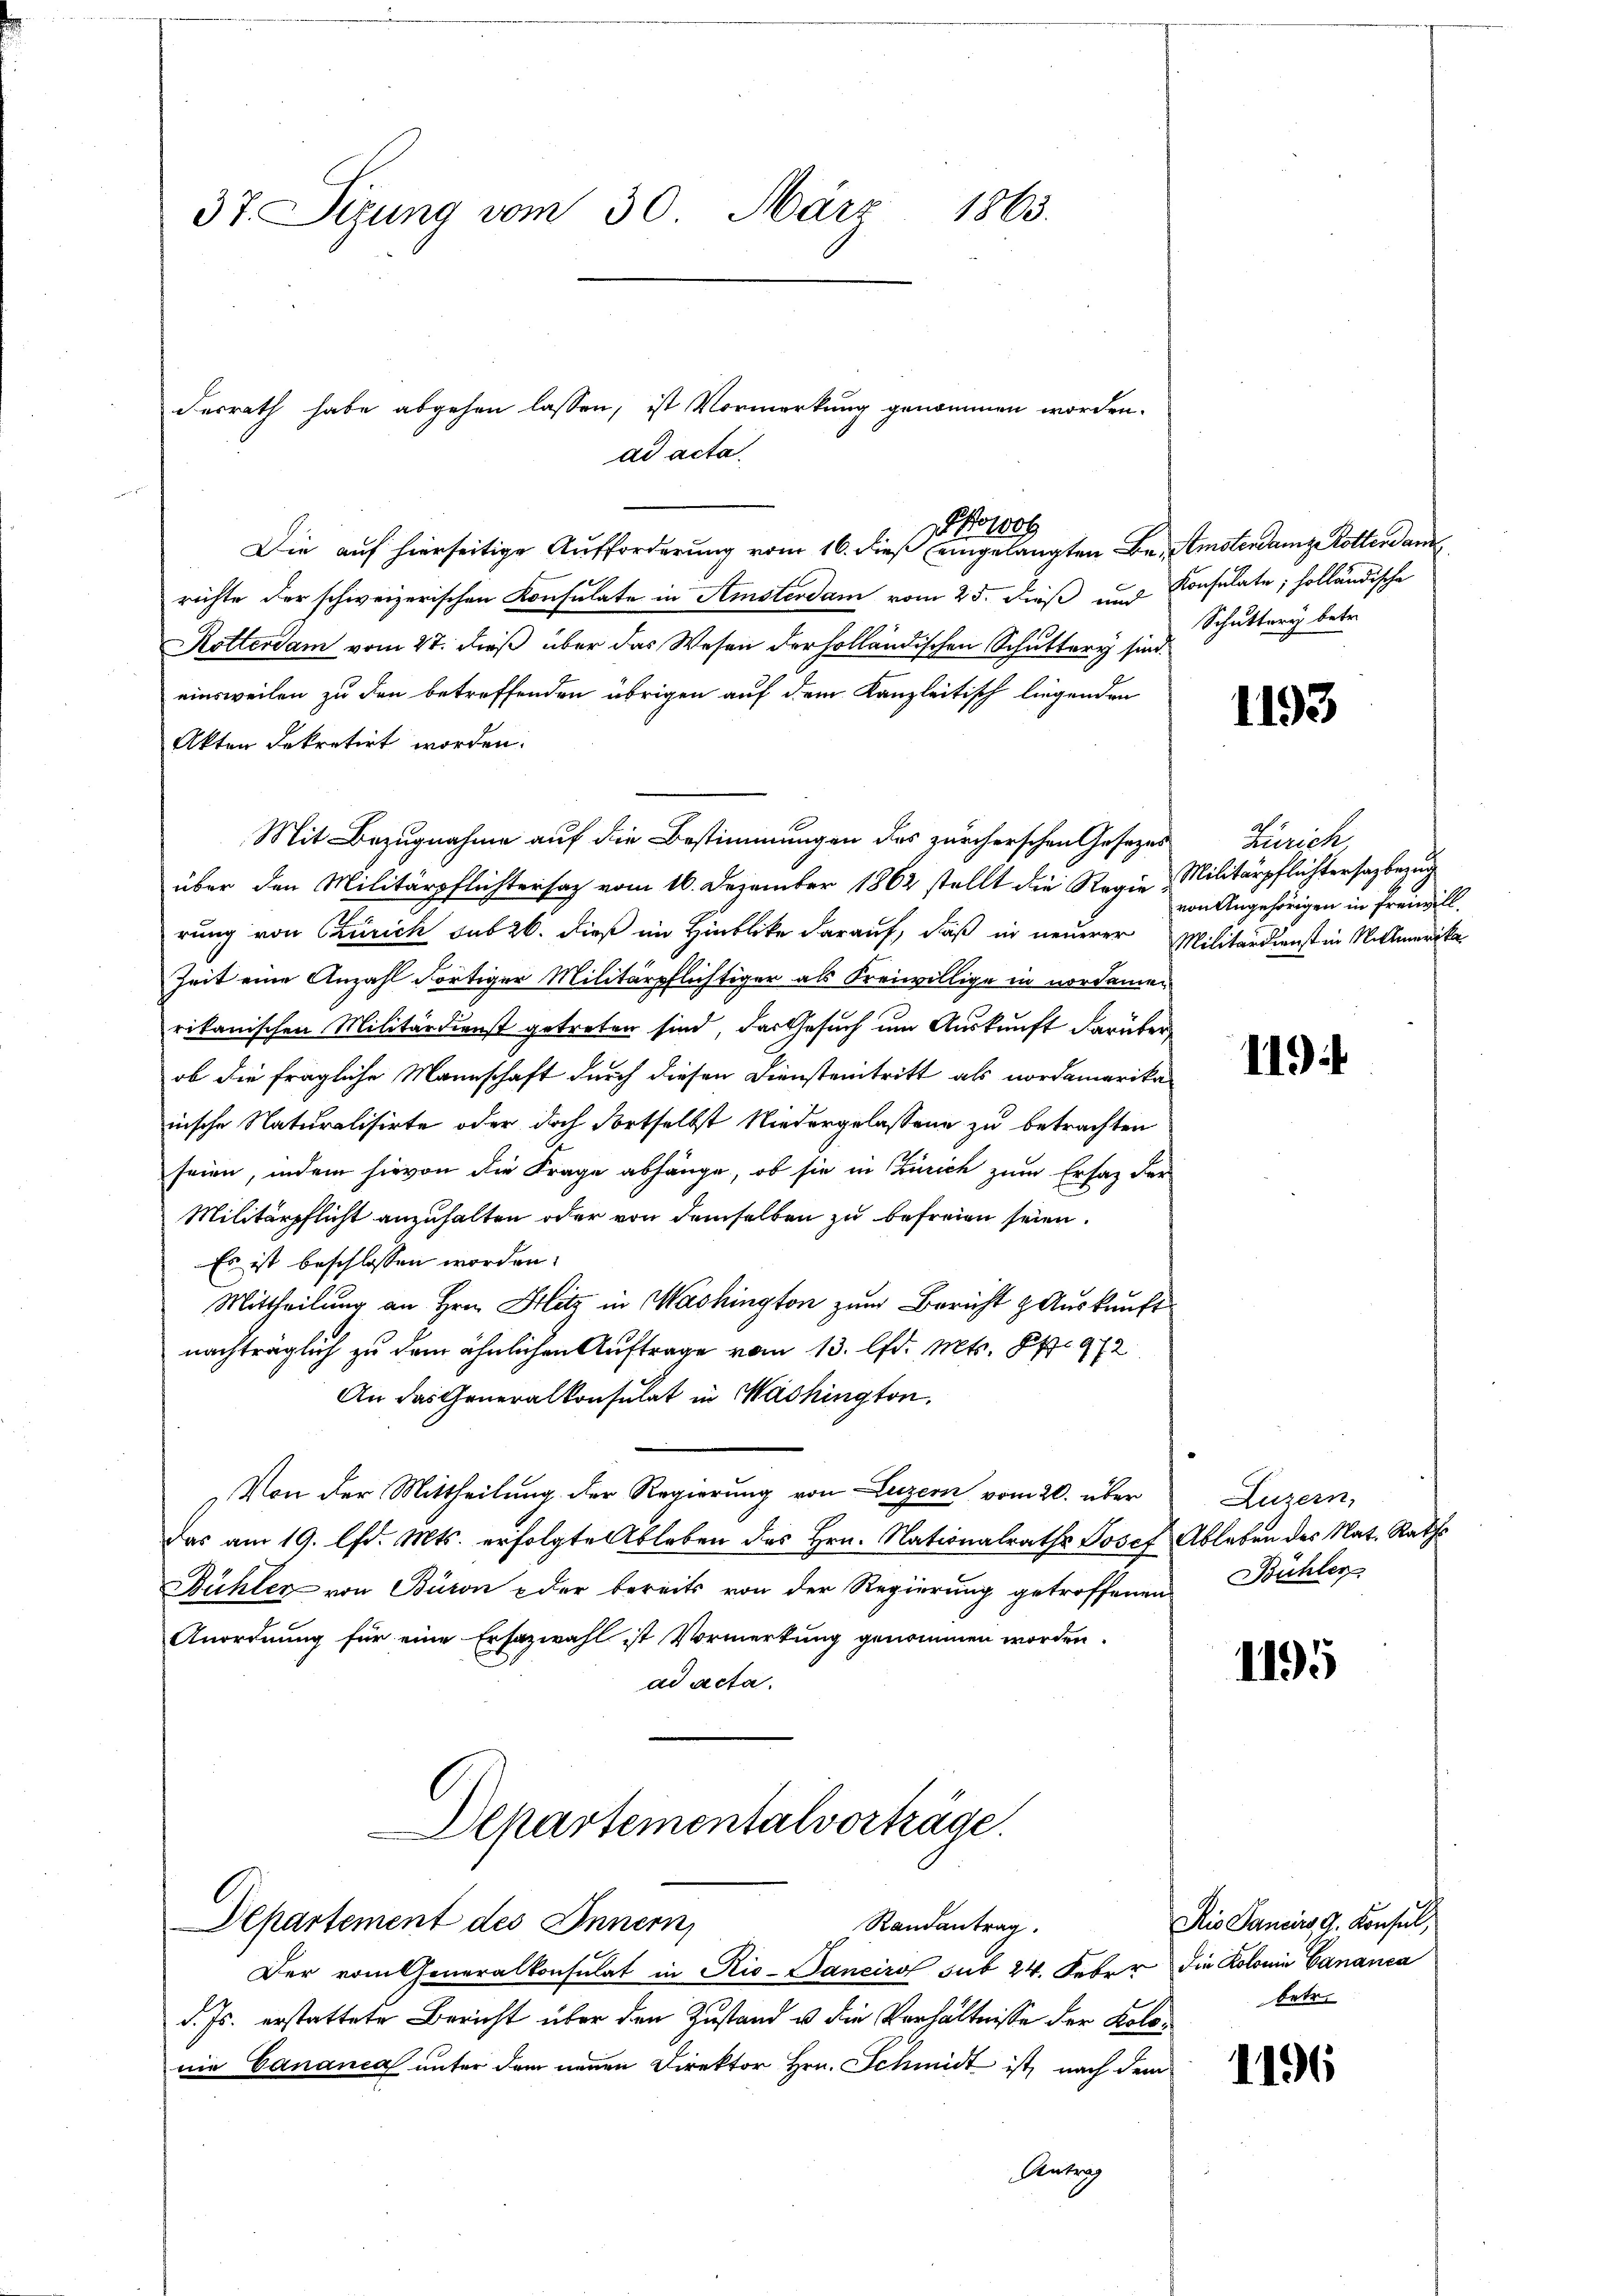
37. Sizung vom 30. März 1863.

Ferrath habe abgehen lassen, ist Vormerkung genommen worden.
ad acta.
Pfowoh
Die auf hierseitige Aufforderung vom 16. dieß eingelangten Be-Amstendange Dotterdam

richte der schweizerischen Konsulate in Amsterdam vom 25. dieß und
Rottersam vom 27. dieß über das Wesen der holländischen Schuttery sind.
einsweilen zu den betreffenden übrigen auf dem Kanzleitisch liegenden
Akten dekretirt worden.
Mit Bezugnahme auf die Bestimmungen des zürcherschen Gesezes Zürich,
über den Militärpflichtersatz vom 16. Dezember 1862 stellt die Regie
rung von Czurich sub 26. dieß im Hinblicke darauf, daß in neuerer
Zeit eine Anzahl dortiger Militärpflichtiger als Freiwillige in nordamen
rikanischen Militärdienst getreten sind, das Gesuch um Auskunft darüber,
ob die fragliche Mannschaft durch diesen Diensteintritt als nordamerika
nische Naturalisirte oder doch dortselbst Niedergelassene zu betrachten
seien, indem hievon die Frage abhänge, ob sie in Zürich zum Ersatz der
Militärpflicht anzuhalten oder von demselben zu befreien seien.
Es ist beschlossen worden.
Mittheilung an Hrn. Hitz in Washington zum Bericht & Auskunft
nachträglich zu dem ähnlichen Auftrage vom 13. lfd. Mts. S. 912
An das Generalkonsulat in Washington.
Von der Mittheilung der Regierung von Luzern vom 20. über
das am 19. lfd. Mts. erfolgte Ableben des Hrn. Nationalraths Josef
Bühler von Baron oder bereits von der Regierung getroffenen Bühler
Anordnung für eine Ersazwahl ist Vormerkung genommen worden.
ad acta.

Departementalvorträge.
Departement des Innern,
Randantrag.

Konsulate, holländische
Schuttery betr.

Der vom Generalkonsulat in Rio-Janeiro sub 24. Feber die Koloni Cananca
d. Js. erstattete Bericht über den Zustand u. die Verhältnisse der Kolonie Cananea unter dem neuen Direktor Hrn. Schmidt ist, nach dem
Antrag

1193

Militärpflichtersagbezug
von Angehörigen in freiwill.
Militärdienst in Rittmerika

119

Luzern,
Ableben des Nat. Raths

1195

Ris Sancirs 9. Konsul,
betr.

1196